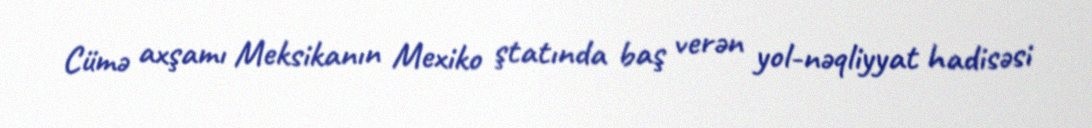
Cümə axşamı Meksikanın Mexiko ştatında baş verən yol-nəqliyyat hadisəsi